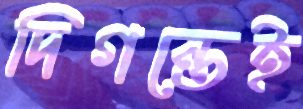
দিগন্তেই